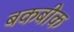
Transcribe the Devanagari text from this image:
बकबीक